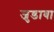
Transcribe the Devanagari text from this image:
जुडावा